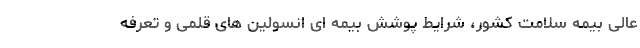
عالی بیمه سلامت کشور، شرایط پوشش بیمه ای انسولین های قلمی و تعرفه